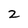
Character: 2